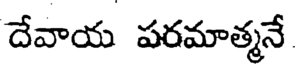
దేవాయ పరమాత్మనే